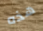
هذه